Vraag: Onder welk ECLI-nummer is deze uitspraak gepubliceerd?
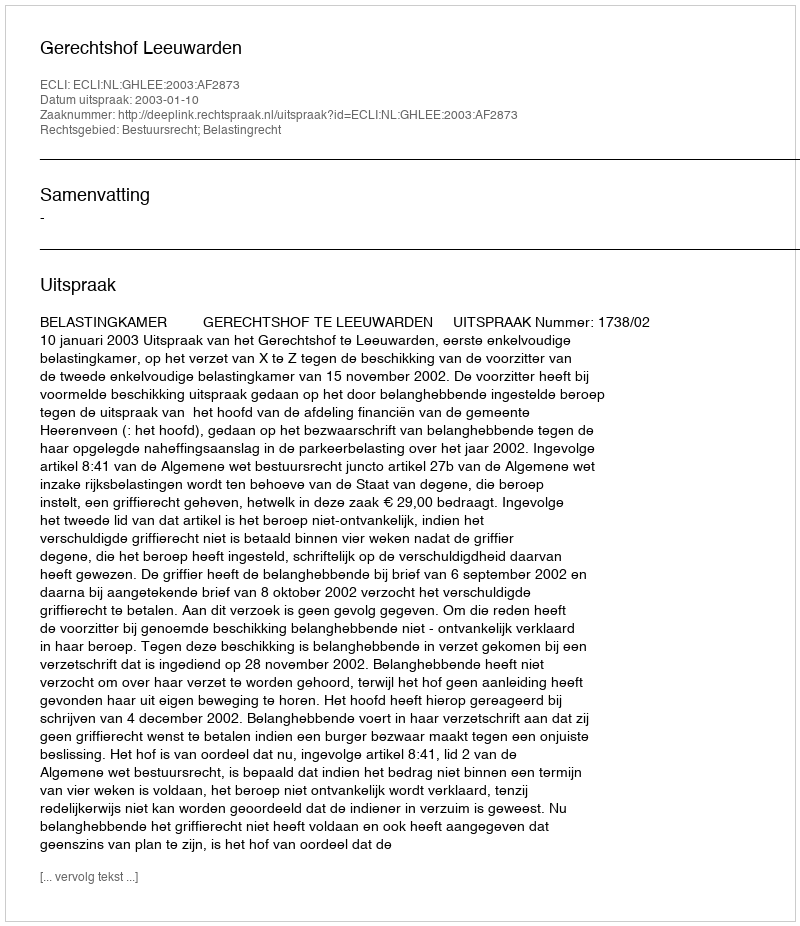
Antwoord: ECLI:NL:GHLEE:2003:AF2873